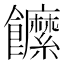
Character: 䭧